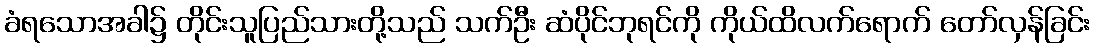
ခံရသောအခါ၌ တိုင်းသူပြည်သားတို့သည် သက်ဦး ဆံပိုင်ဘုရင်ကို ကိုယ်ထိလက်ရောက် တော်လှန်ခြင်း